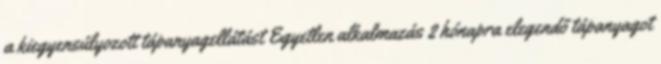
a kiegyensúlyozott tápanyagellátást Egyetlen alkalmazás 2 hónapra elegendő tápanyagot